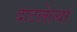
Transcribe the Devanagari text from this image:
दाटलेल्या